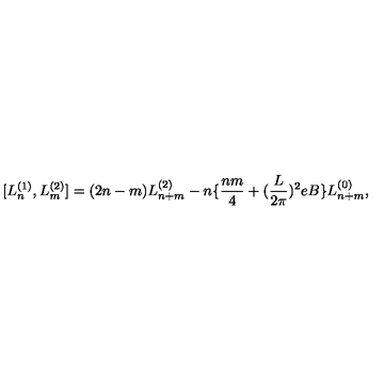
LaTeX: [ L _ { n } ^ { ( 1 ) } , L _ { m } ^ { ( 2 ) } ] = ( 2 n - m ) L _ { n + m } ^ { ( 2 ) } - n \{ \frac { n m } { 4 } + ( \frac { L } { 2 \pi } ) ^ { 2 } e B \} L _ { n + m } ^ { ( 0 ) } ,